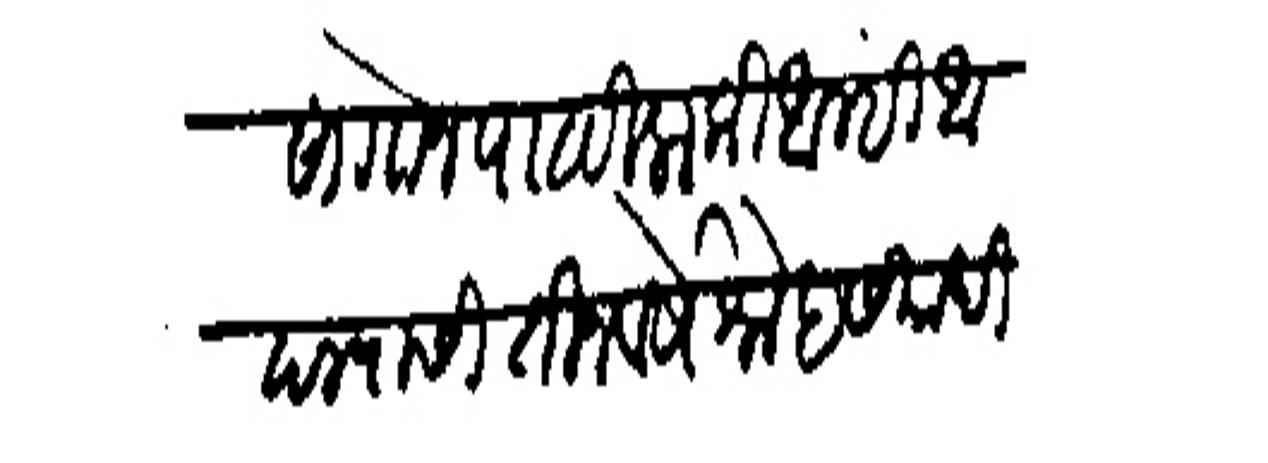
Transliteration (Devanagari): सांगोन पाठविला की आम्ही आपल्यासी तीन वषें जनेह संपादीला